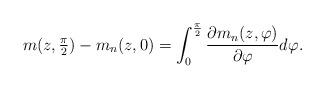
LaTeX: \begin{align*} m(z,\tfrac{\pi}2)-m_n(z,0) =\int_0^{\frac{\pi}2}\frac{\partial m_n(z,\varphi)}{\partial\varphi}d\varphi.\end{align*}